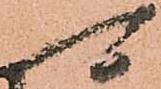
可